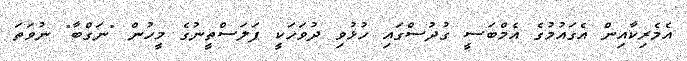
އެމެރިކާއިން އެގައުމުގެ އެމްބަސީ ގުދުސްގައި ހުޅުވި ދުވަހަކީ ފަލަސްތީނުގެ މީހުން "ނަގްބާ" ނުވަތަ